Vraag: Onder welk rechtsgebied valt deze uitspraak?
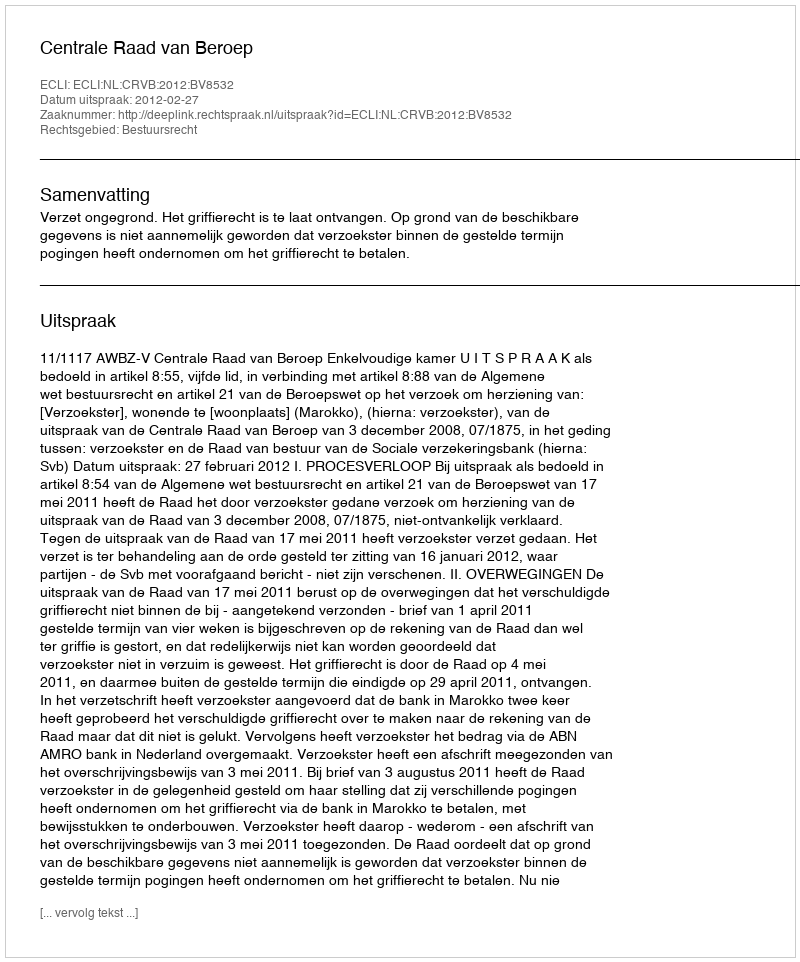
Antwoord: Bestuursrecht